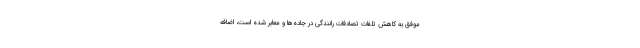
موفق به کاهش تلفات تصادفات رانندگی در جاده‌ها و معابر شده است، اضافه